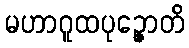
မဟာဂူထပုဉ္ဇောတိ